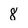
Character: 8